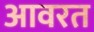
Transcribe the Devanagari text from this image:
आवरत